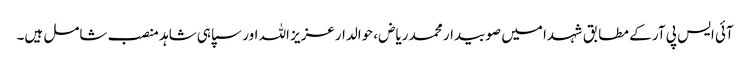
آئی ایس پی آر کے مطابق شہدا میں صوبیدار محمد ریاض، حوالدارعزیز اللہ اور سپاہی شاہد منصب شامل ہیں۔